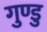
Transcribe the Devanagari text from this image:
गुण्डु